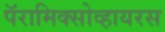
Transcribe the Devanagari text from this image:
पॅरामिक्सोव्हायरस